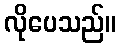
လိုပေသည်။